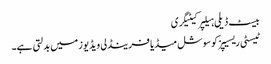
بیسٹ ڈیلی ہیلپر کیٹیگری
ٹیسٹی ریسیپز کو سوشل میڈیا فرینڈلی ویڈیوز میں بدلتی ہے۔